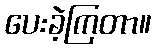
ပေးခဲ့ကြတာ။